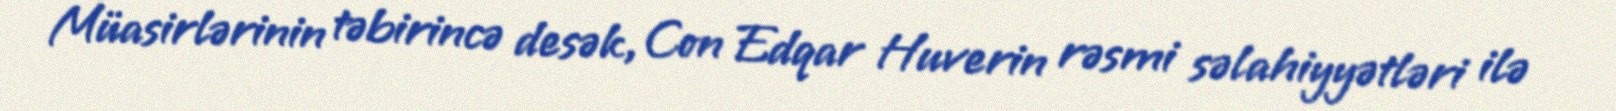
Müasirlərinin təbirincə desək, Con Edqar Huverin rəsmi səlahiyyətləri ilə